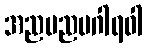
အညမညမဂါရဝါ